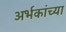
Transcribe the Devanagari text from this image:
अर्भकांच्या